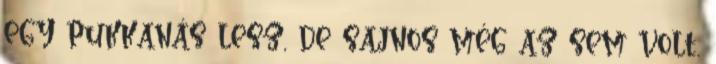
egy pukkanás lesz, de sajnos még az sem volt.